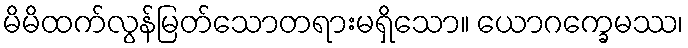
မိမိထက်လွန်မြတ်သောတရားမရှိသော။ ယောဂက္ခေမဿ၊